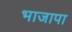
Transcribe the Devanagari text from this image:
भाजापा